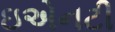
ઇએનટી